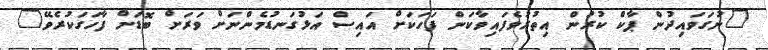
"ނުގަވައިދުން ޕާކް ކުރުން އިތުރުވެފައިވާކަން ފަހަކަށް އައިސް އަޅުގަނޑުމެންނަށް ވަރަށް ބޮޑަށް ފާހަގަކުރެވޭ"